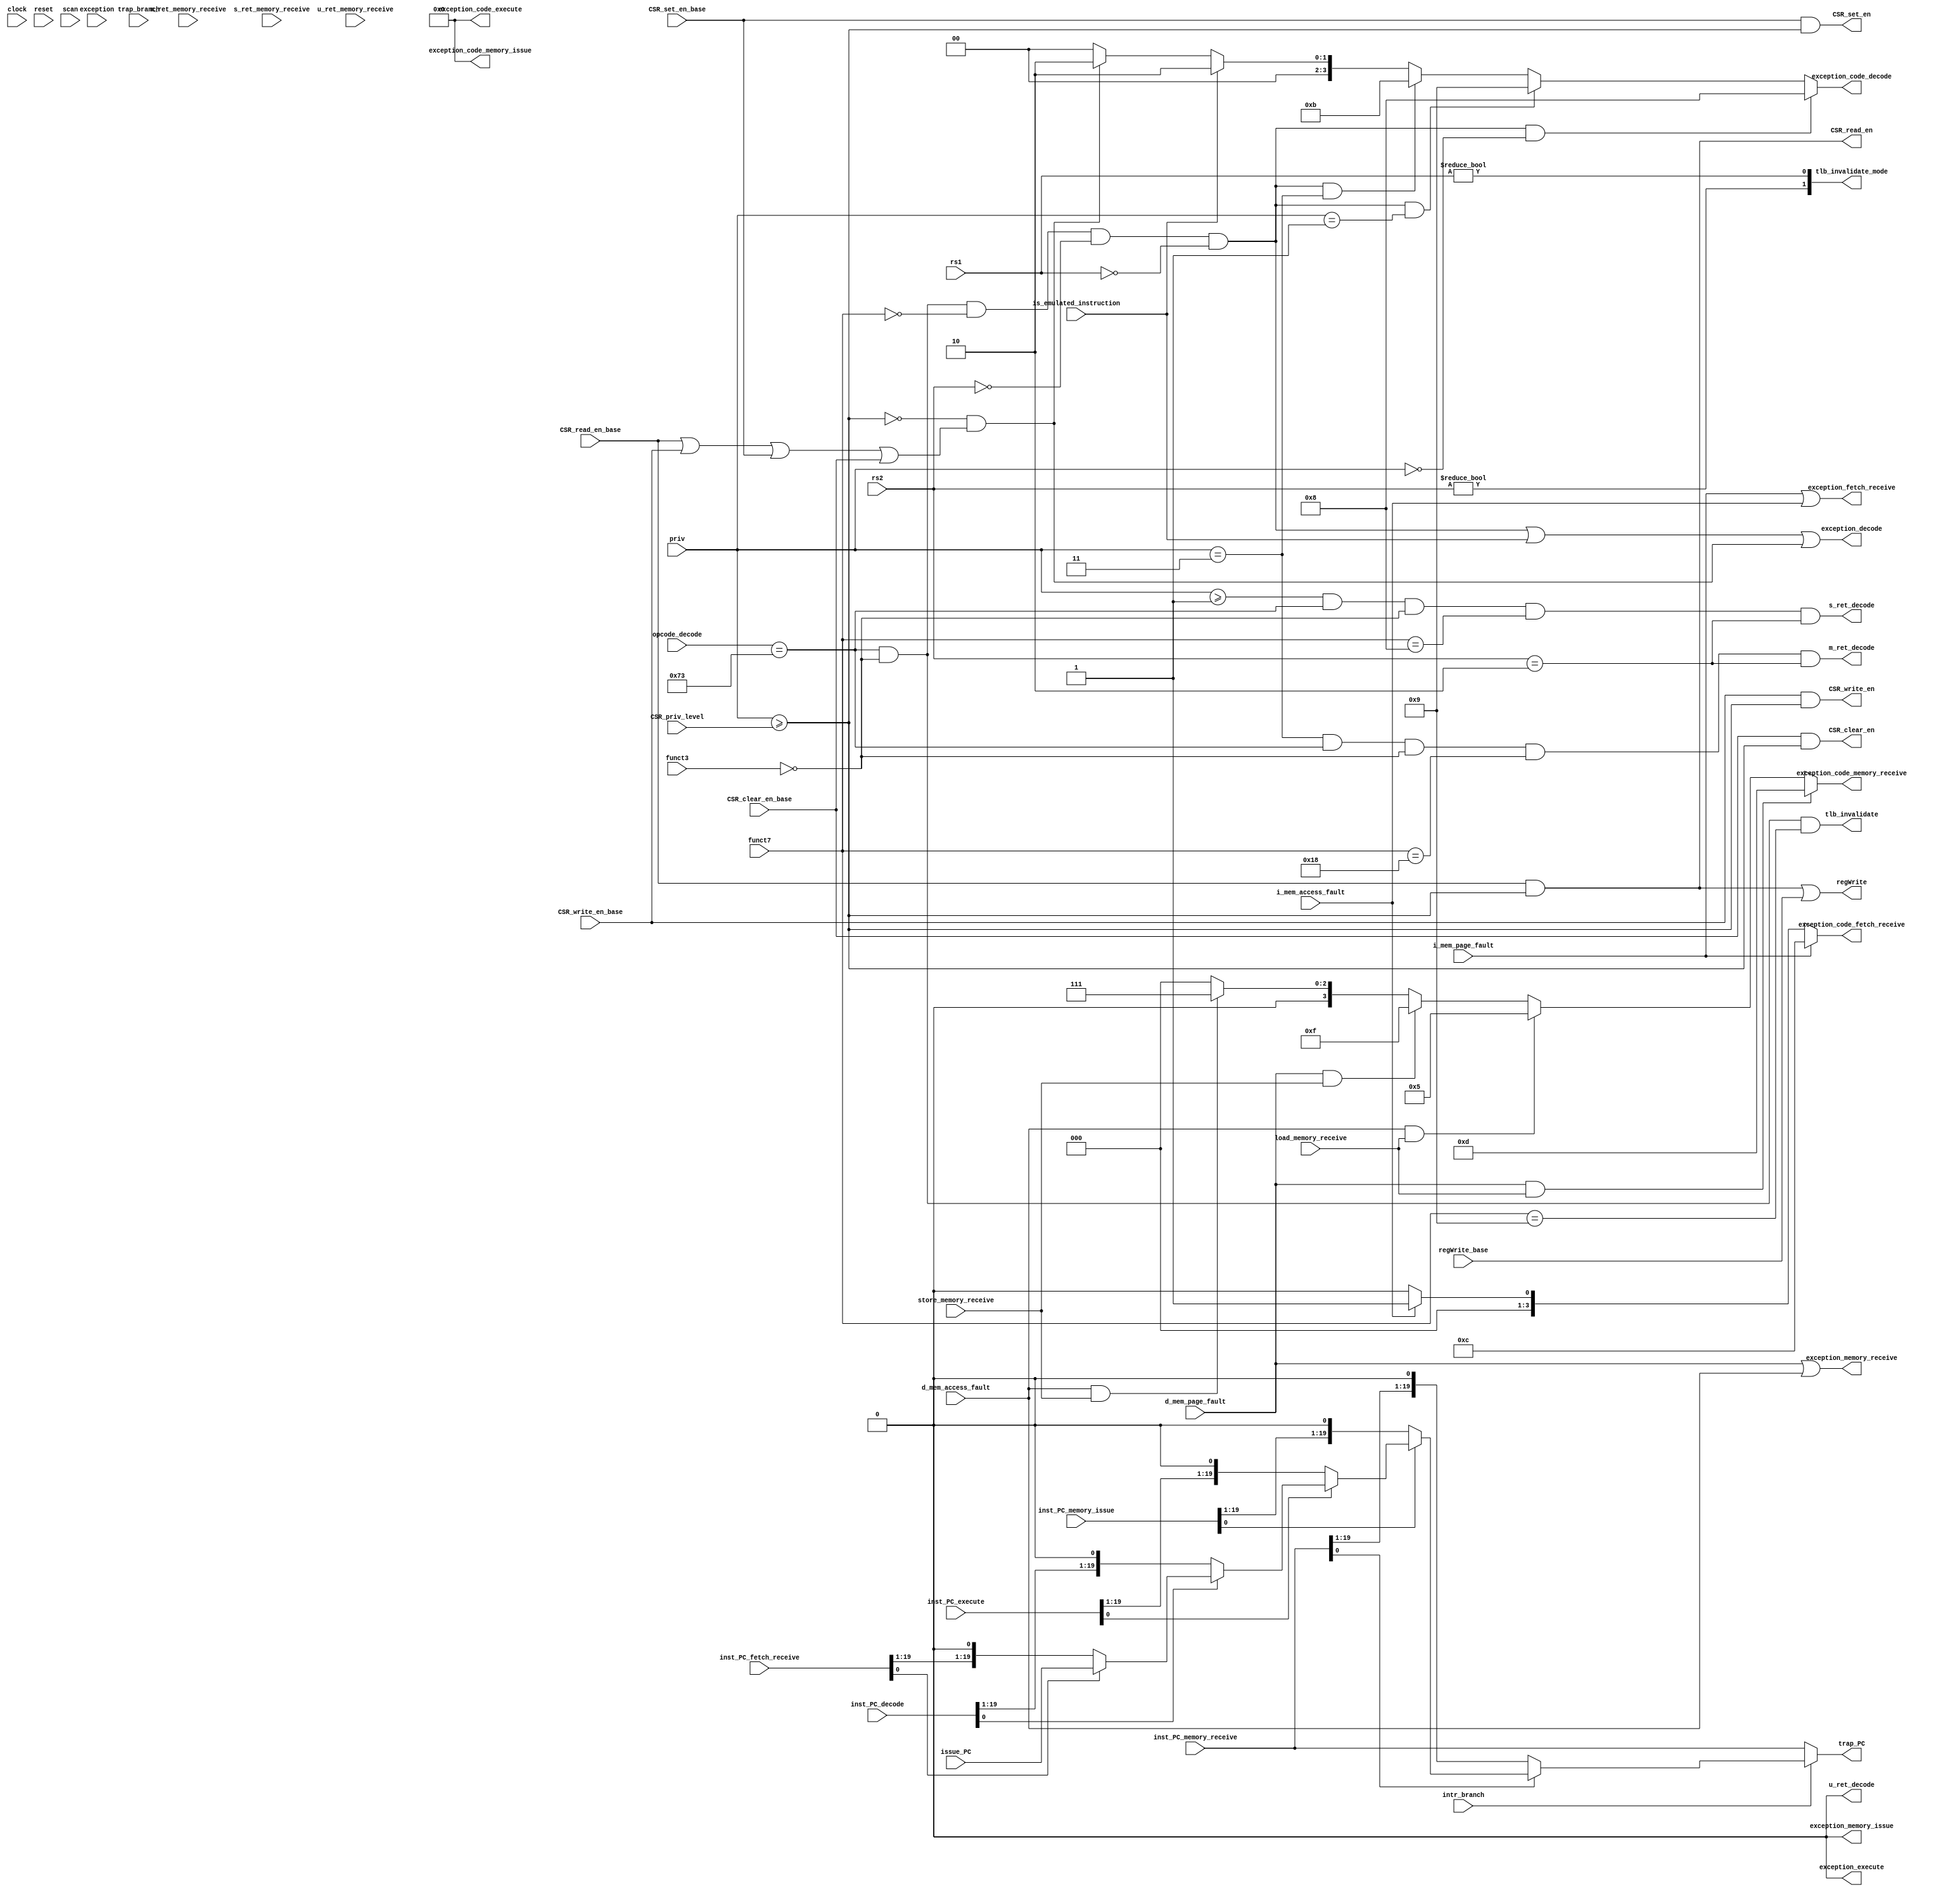
/** @module : priv_control
 *  @author : Secure, Trusted, and Assured Microelectronics (STAM) Center

 *  Copyright (c) 2022 Trireme (STAM/SCAI/ASU)
 *  Permission is hereby granted, free of charge, to any person obtaining a copy
 *  of this software and associated documentation files (the "Software"), to deal
 *  in the Software without restriction, including without limitation the rights
 *  to use, copy, modify, merge, publish, distribute, sublicense, and/or sell
 *  copies of the Software, and to permit persons to whom the Software is
 *  furnished to do so, subject to the following conditions:
 *  The above copyright notice and this permission notice shall be included in
 *  all copies or substantial portions of the Software.

 *  THE SOFTWARE IS PROVIDED "AS IS", WITHOUT WARRANTY OF ANY KIND, EXPRESS OR
 *  IMPLIED, INCLUDING BUT NOT LIMITED TO THE WARRANTIES OF MERCHANTABILITY,
 *  FITNESS FOR A PARTICULAR PURPOSE AND NONINFRINGEMENT. IN NO EVENT SHALL THE
 *  AUTHORS OR COPYRIGHT HOLDERS BE LIABLE FOR ANY CLAIM, DAMAGES OR OTHER
 *  LIABILITY, WHETHER IN AN ACTION OF CONTRACT, TORT OR OTHERWISE, ARISING FROM,
 *  OUT OF OR IN CONNECTION WITH THE SOFTWARE OR THE USE OR OTHER DEALINGS IN
 *  THE SOFTWARE.
 */

module priv_control #(
  parameter CORE            = 0,
  parameter ADDRESS_BITS    = 20,
  parameter SCAN_CYCLES_MIN = 0,
  parameter SCAN_CYCLES_MAX = 1000
) (
  input clock,
  input reset,
  input [6:0] opcode_decode,
  input [2:0] funct3, // decode
  input [6:0] funct7, // decode

  input [4:0] rs1, // decode
  input [4:0] rs2, // decode

  input [1:0] priv,
  input       intr_branch,
  input       trap_branch,

  input load_memory_receive, // memRead_memory_receive
  input store_memory_receive, // memWrite_memory_receive

  input CSR_read_en_base,
  input CSR_write_en_base,
  input CSR_set_en_base,
  input CSR_clear_en_base,
  input regWrite_base,
  // The priviledge level required to access a CSR
  input [1:0] CSR_priv_level,

  input [ADDRESS_BITS-1:0] issue_PC,
  input [ADDRESS_BITS-1:0] inst_PC_fetch_receive,
  input [ADDRESS_BITS-1:0] inst_PC_decode,
  input [ADDRESS_BITS-1:0] inst_PC_execute,
  input [ADDRESS_BITS-1:0] inst_PC_memory_issue,
  input [ADDRESS_BITS-1:0] inst_PC_memory_receive,

  input m_ret_memory_receive,
  input s_ret_memory_receive,
  input u_ret_memory_receive,

  input i_mem_page_fault,
  input i_mem_access_fault,
  input d_mem_page_fault,
  input d_mem_access_fault,

  input is_emulated_instruction,
  input exception,

  output exception_fetch_receive,
  output exception_decode,
  output exception_execute,
  output exception_memory_issue,
  output exception_memory_receive,

  output [3:0] exception_code_fetch_receive,
  output [3:0] exception_code_decode,
  output [3:0] exception_code_execute,
  output [3:0] exception_code_memory_issue,
  output [3:0] exception_code_memory_receive,

  output m_ret_decode,
  output s_ret_decode,
  output u_ret_decode,

  output [ADDRESS_BITS-1:0] trap_PC,

  output CSR_read_en,
  output CSR_write_en,
  output CSR_set_en,
  output CSR_clear_en,
  output regWrite,

  // TLB invalidate signals from sfence.vma
  output       tlb_invalidate,
  output [1:0] tlb_invalidate_mode,

  input  scan
);

localparam [6:0]R_TYPE  = 7'b0110011,
                I_TYPE  = 7'b0010011,
                STORE   = 7'b0100011,
                LOAD    = 7'b0000011,
                BRANCH  = 7'b1100011,
                JALR    = 7'b1100111,
                JAL     = 7'b1101111,
                AUIPC   = 7'b0010111,
                LUI     = 7'b0110111,
                FENCES  = 7'b0001111,
                SYSTEM  = 7'b1110011;

localparam MACHINE    = 2'b11;
localparam SUPERVISOR = 2'b01;
localparam USER       = 2'b00;

wire ecall;

wire allow_CSR_access;
wire illegal_CSR_access;

wire [ADDRESS_BITS-1:0] interrupted_PC;

assign m_ret_decode = (priv == MACHINE)    & (opcode_decode == SYSTEM) &
  (funct3 == 3'b000) & (funct7 == 7'b0011000) & (rs2 == 5'b00010);
assign s_ret_decode = (priv >= SUPERVISOR) & (opcode_decode == SYSTEM) &
  (funct3 == 3'b000) & (funct7 == 7'b0001000) & (rs2 == 5'b00010);
assign u_ret_decode = 1'b0; // User mode traps not supported

assign ecall = (opcode_decode == SYSTEM) & (funct3 == 3'b000) &
  (funct7 == 7'b0000000) & (rs2 == 5'b00000) & (rs1 == 5'b00000);

// Exception Signals
assign exception_fetch_receive  = i_mem_page_fault | i_mem_access_fault;
assign exception_decode         = ecall | is_emulated_instruction | illegal_CSR_access;
assign exception_execute        = 1'b0;
assign exception_memory_issue   = 1'b0;
assign exception_memory_receive = d_mem_page_fault | d_mem_access_fault;

// Exception Code Generation
assign exception_code_fetch_receive  = i_mem_page_fault   ? 4'hC :
                                       i_mem_access_fault ? 4'h1 :
                                       4'h0;
assign exception_code_decode         = ecall & (priv == USER      ) ? 4'h8 :
                                       ecall & (priv == SUPERVISOR) ? 4'h9 :
                                       ecall & (priv == MACHINE   ) ? 4'hB :
                                       is_emulated_instruction      ? 4'h2 :
                                       illegal_CSR_access           ? 4'h2 :
                                       4'h0;
assign exception_code_execute        = 4'h0;
assign exception_code_memory_issue   = 4'h0;
assign exception_code_memory_receive = d_mem_page_fault   & load_memory_receive  ? 4'hD : // Load Page Fault
                                       d_mem_access_fault & load_memory_receive  ? 4'h5 : // Load Access Fault
                                       d_mem_page_fault   & store_memory_receive ? 4'hF : // Store Page Fault
                                       d_mem_access_fault & store_memory_receive ? 4'h7 : // Store Access Fault
                                       4'h0;

assign interrupted_PC = ~inst_PC_memory_receive[0] ? inst_PC_memory_receive :
                        ~inst_PC_memory_issue[0]   ? inst_PC_memory_issue   :
                        ~inst_PC_execute[0]        ? inst_PC_execute        :
                        ~inst_PC_decode[0]         ? inst_PC_decode         :
                        ~inst_PC_fetch_receive[0]  ? inst_PC_fetch_receive  :
                        issue_PC;

// This is the PC value that goes into [m|s]epc
assign trap_PC = intr_branch                ? interrupted_PC         :
                 inst_PC_memory_receive;

// TODO: this will not be needed unless memory exceptions can happen in more
// than one stage.
//assign exception_addr = generated_address_execute

// Check CSR access against privilege
assign allow_CSR_access = (priv >= CSR_priv_level);

assign CSR_read_en  = CSR_read_en_base  & allow_CSR_access;
assign CSR_write_en = CSR_write_en_base & allow_CSR_access;
assign CSR_set_en   = CSR_set_en_base   & allow_CSR_access;
assign CSR_clear_en = CSR_clear_en_base & allow_CSR_access;

assign illegal_CSR_access = ~allow_CSR_access & (CSR_read_en_base | CSR_write_en_base | CSR_set_en_base | CSR_clear_en_base);

// The regWrite signal from the CSR_control module should be replaced with
// this version of the signal that checks the privilege level
assign regWrite = CSR_read_en | regWrite_base;


// sfence.vma control signal generation
assign tlb_invalidate = (opcode_decode == SYSTEM) & (funct3 == 3'b000) & (funct7 == 7'b0001001);
assign tlb_invalidate_mode[0] = (rs1 != 5'd0);
assign tlb_invalidate_mode[1] = (rs2 != 5'd0);


reg [31: 0] cycles;
always @ (posedge clock) begin
  cycles <= reset? 0 : cycles + 1;
  if (scan  & ((cycles >= SCAN_CYCLES_MIN) & (cycles <= SCAN_CYCLES_MAX)) )begin
    $display ("------ Core %d Privileged Control Unit - Current Cycle %d ------", CORE, cycles);
    $display ("| m_ret_decode   [%b]", m_ret_decode);
    $display ("| s_ret_decode   [%b]", s_ret_decode);
    $display ("| u_ret_decode   [%b]", u_ret_decode);
    $display ("| exception      FR [%b]", exception_fetch_receive);
    $display ("| exception_code FR [%h]", exception_code_fetch_receive);
    $display ("| exception      D  [%b]", exception_decode);
    $display ("| exception_code D  [%h]", exception_code_decode);
    $display ("| exception      EX [%b]", exception_execute);
    $display ("| exception_code EX [%h]", exception_code_execute);
    $display ("| exception      MI [%b]", exception_memory_issue);
    $display ("| exception_code MI [%h]", exception_code_memory_issue);
    $display ("| exception      MR [%b]", exception_memory_receive);
    $display ("| exception_code MR [%h]", exception_code_memory_receive);
    $display ("| CSR_read_en    [%b]", CSR_read_en);
    $display ("| CSR_write_en   [%b]", CSR_write_en);
    $display ("| CSR_set_en     [%b]", CSR_set_en);
    $display ("| CSR_clear_en   [%b]", CSR_clear_en);
    $display ("| regWrite       [%b]", regWrite);
    $display ("----------------------------------------------------------------------");
  end
end
endmodule